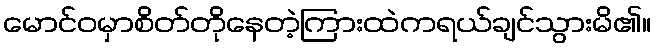
မောင်ဝမှာစိတ်တိုနေတဲ့ကြားထဲကရယ်ချင်သွားမိ၏။